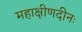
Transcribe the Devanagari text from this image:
महाक्षीणदीनः